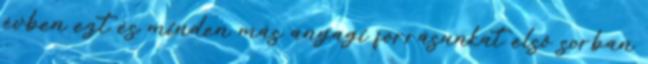
évben ezt és minden más anyagi forrásunkat első sorban